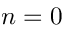
n = 0